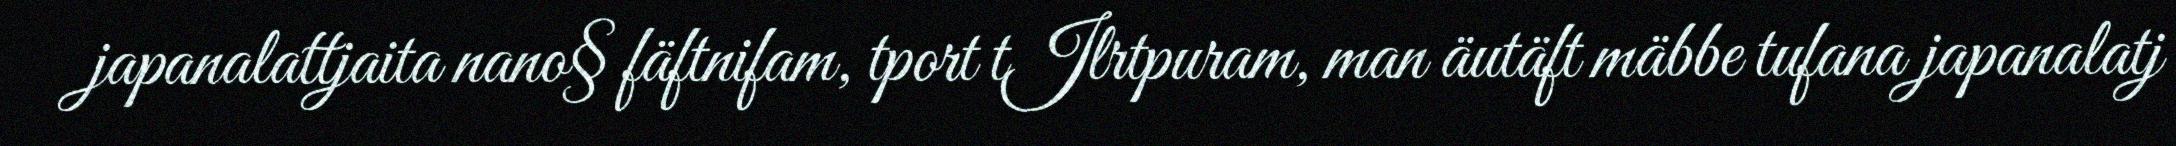
japanalattjaita nano§ fäftnifam, tport tJlrtpuram, man äutäft mäbbe tufana japanalatj